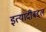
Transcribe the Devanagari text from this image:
इत्यादींबद्दल